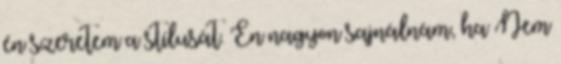
én szeretem a stílusát. Én nagyon sajnálnám, ha Nem